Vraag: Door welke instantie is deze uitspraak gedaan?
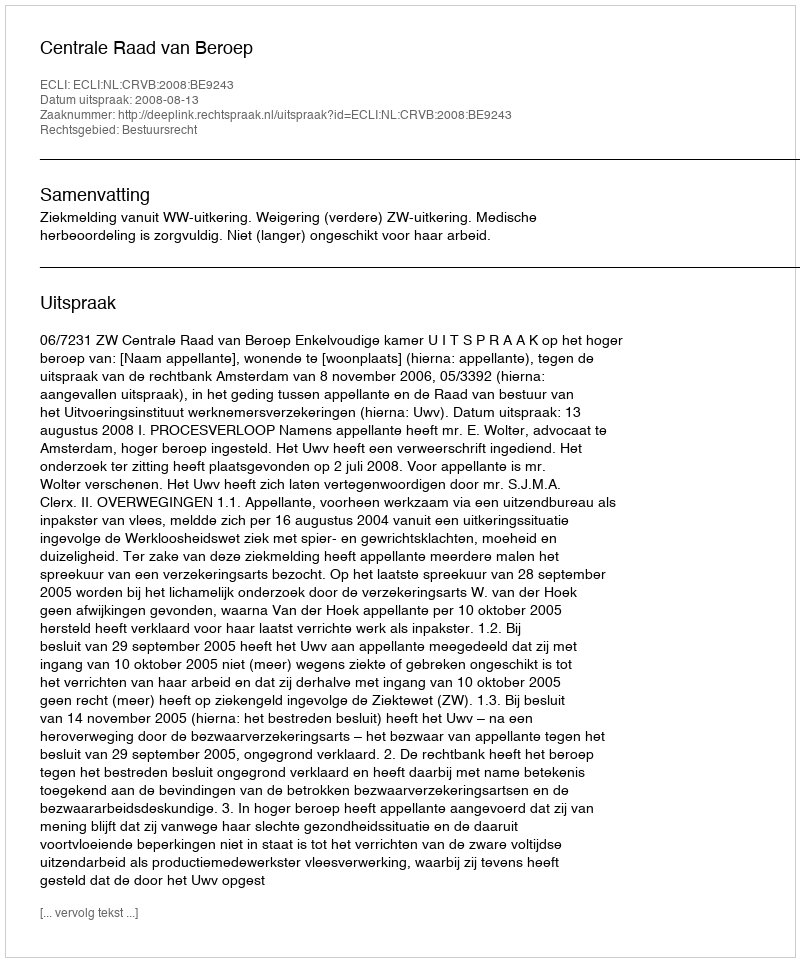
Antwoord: Centrale Raad van Beroep